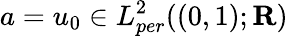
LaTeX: a=u_{0}\in L_{per}^{2}((0,1);\mathbf{R})